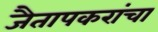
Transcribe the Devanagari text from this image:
जैतापकरांचा